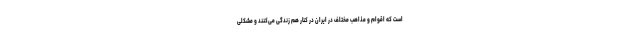
است که اقوام و مذاهب مختلف در ایران در کنار هم زندگی می‌کنند و مشکلی